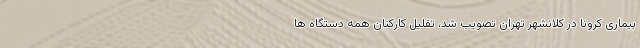
بیماری کرونا در کلانشهر تهران تصویب شد، تقلیل کارکنان همه دستگاه ها